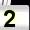
Digit: 2